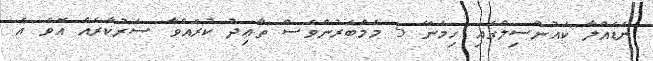
ނަޑެއްލާ ކައުންސިލްގައި ހިމެނޭ 5 މެމްބަރުންވެސް ތާޢިދު ކުރައްވާ ސަރުކާރެއް އޮވެ އެ